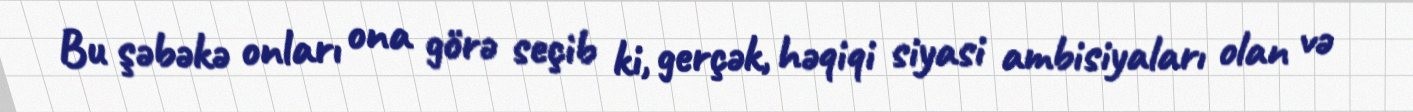
Bu şəbəkə onları ona görə seçib ki, gerçək, həqiqi siyasi ambisiyaları olan və